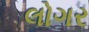
લોગર